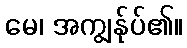
မေ၊ အကျွန်ုပ်၏။